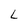
Character: L